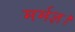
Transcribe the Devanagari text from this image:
मर्मज्ञ।